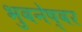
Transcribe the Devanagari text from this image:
भुवनेष्वर